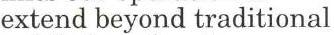
extend beyond traditional